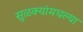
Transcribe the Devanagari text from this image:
सुळक्यांमधल्या